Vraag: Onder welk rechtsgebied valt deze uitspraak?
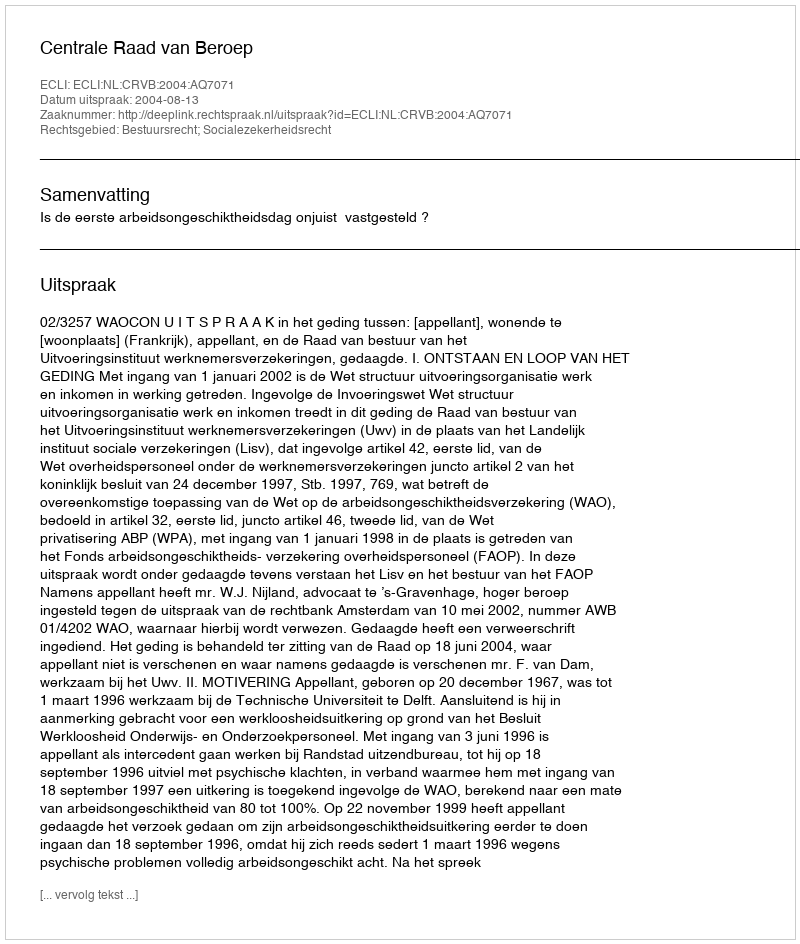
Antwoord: Bestuursrecht; Socialezekerheidsrecht